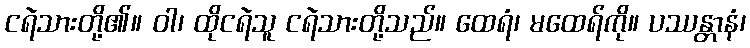
ငရဲသားတို့၏။ ဝါ၊ ထိုငရဲသူ ငရဲသားတို့သည်။ ထေရံ၊ မထေရ်ကို။ ပဿန္တာနံ၊